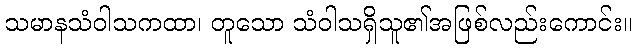
သမာနသံဝါသကထာ၊ တူသော သံဝါသရှိသူ၏အဖြစ်လည်းကောင်း။